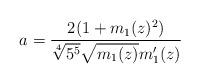
LaTeX: \begin{align*}a=\frac{2(1+m_1(z)^2)}{\sqrt[4]{5^5}\sqrt{m_1(z)}m_1'(z)}\end{align*}